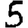
Digit: 5